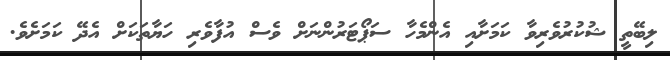
ލިބޭތީ ޝުކުރުވެރިވާ ކަމަށާއި އެންމެހާ ސަޕޯޓަރުންނަށް ވެސް އުފާވެރި ހަޔާތަކަށް އެދޭ ކަމަށެވެ.